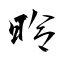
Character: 昤